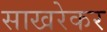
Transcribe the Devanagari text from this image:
साखरेकर